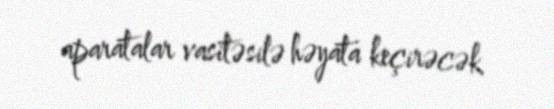
aparatalar vasitəsilə həyata keçirəcək.